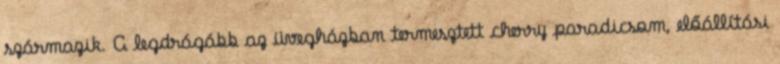
származik. A legdrágább az üvegházban termesztett cherry paradicsom, előállítási